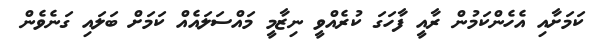
ކަމަށާއި އެހެންކަމުން ރާއީ ފާހަގަ ކުރެއްވީ ނިޒާމީ މައްސަލައެއް ކަމަށް ބަލައި ގަނެވެން